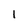
Character: 1